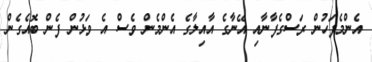
އެންމެފަހުން ރަސްގެފާނާއި އޭނާގެ އާއިލާގެ އެންމެން ވެސް އެ ވަޅުން ފެން ބޮއެގެން